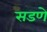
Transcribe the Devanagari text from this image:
सडणे